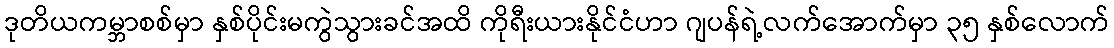
ဒုတိယကမ္ဘာစစ်မှာ နှစ်ပိုင်းမကွဲသွားခင်အထိ ကိုရီးယားနိုင်ငံဟာ ဂျပန်ရဲ့လက်အောက်မှာ ၃၅ နှစ်လောက်